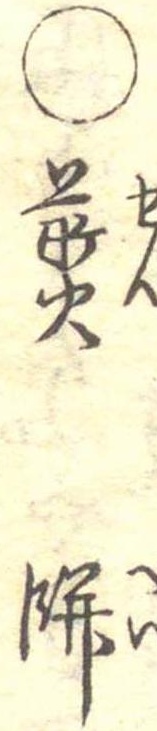
○煎餅